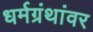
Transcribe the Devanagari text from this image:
धर्मग्रंथांवर